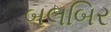
બલબિર